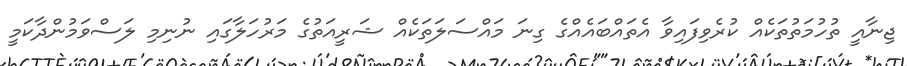
ޖިނާއީ ތުހުމަތުތަކެއް ކުރެވިފައިވާ އެތައްބައެއްގެ ގިނަ މައްސަލަތަކެއް ޝަރީއަތުގެ މަރުހަލާގައި ނުނިމި ލަސްވަމުންދާކަމީ